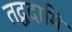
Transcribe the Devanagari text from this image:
तद्वदामि